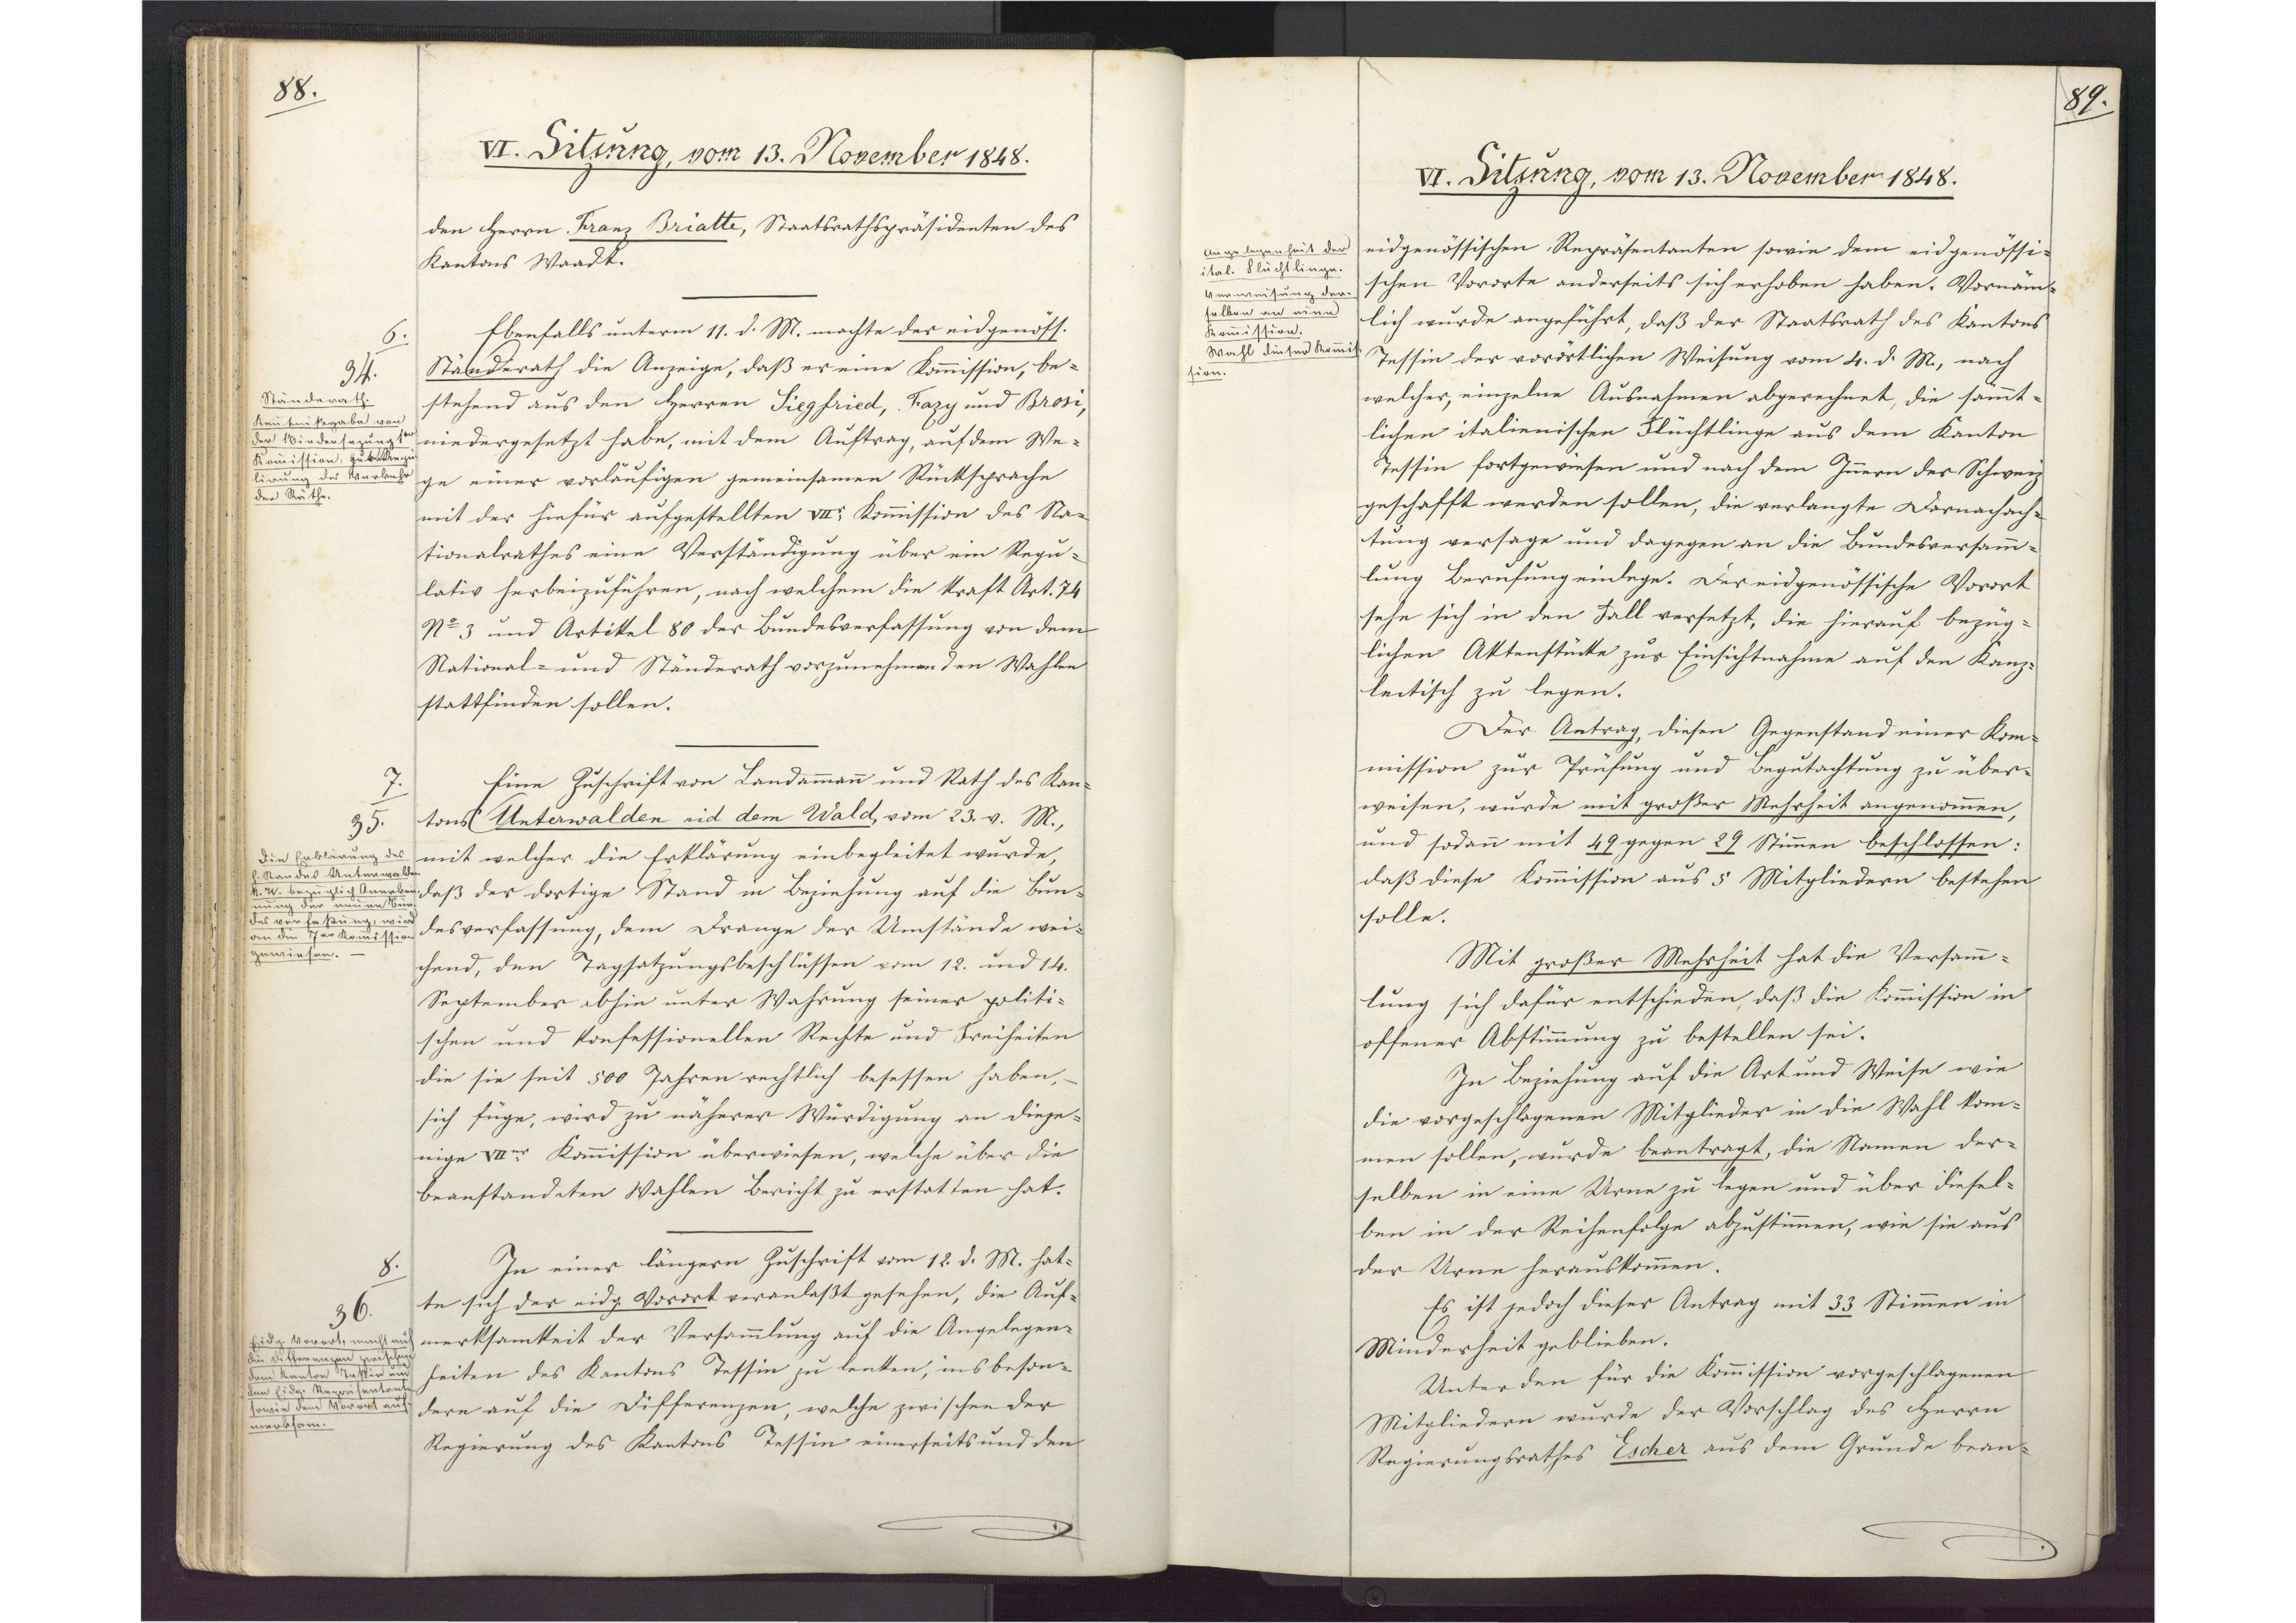
88.

VI. Sitzung, vom 13. November 1848.

den Herrn Franz Briatte, Staatsrathspräsidenten des
Kantons Waadt.
Ebenfalls unterm 11. d. M. machte der eidgenöss.
Ständerath die Anzeige, daß er eine Kommission, be¬
stehend aus den Herren Siegfried, Frazy und Brosi,
niedergesetzt habe, mit dem Auftrag, auf dem We¬
ge einer vorläufigen gemeinsamen Rücksprache
mit der hiefür aufgestellten VIIr Kommission des Na¬
tionalrathes eine Verständigung über ein Regu¬
lativ herbeizuführen, nach welchem die Kraft Art. 74
No 3 und Artikel 80 der Bundesverfassung von dem
National- und Ständerath vorzunehmenden Wahlen
stattfinden sollen.
Eine Zuschrift von Landammann und Rath des Kan¬
tons Unterwalden nid dem Wald, vom 23. v. M.,
mit welcher die Erklärung einbegleitet wurde,
daß der dortige Stand in Beziehung auf die Bun¬
desverfassung, dem Drange der Umstände wei¬
chend, den Tagsatzungsbeschlüssen vom 12. und 14.
September abhin unter Wahrung seiner politi¬
schen und konfessionellen Rechte und Freiheiten
die sie seit 500 Jahren rechtlich besessen haben,
sich füge, wird zu näherer Würdigung an dieje¬
nige VIIer Kommission überwiesen, welche über die
beanstandeten Wahlen Bericht zu erstatten hat.
In einer längern Zuschrift vom 12. d. M. hat¬
te sich der eidg. Vorort veranlaßt gesehen, die Auf¬
merksamkeit der Versammlung auf die Angelegen¬
heiten des Kantons Tessin zu lenken, insbeson¬
dere auf die Differenzen, welche zwischen der
Regierung des Kantons Tessin einerseits und den

6.
34.
Ständerath.
Kenntnißgabe von
der Niedersezung der
Kommission, zur Regu¬
lirung des Verkehr
der Räthe.

7.
35.
Die Erklärung des
H. Standes Unterwalden
N. W. bezüglich Anerken¬
nung der neuen Bun¬
desverfaßung, wird
an die 7er Kommission
gewiesen.

8.
36
Eidg. Vorort, macht auf
die Differenzen zwischen
dem Kanton Tessin und
dem Eidg. Repräsentanten
sowie dem Vorort auf¬
merksam.

89.

VI. Sitzung, vom 13. November 1848.

eidgenössischen Repräsentanten sowie dem eidgenössi¬
schen Vororte anderseits sich erhoben haben. Vornäm¬
lich wurde angeführt, daß der Staatsrath des Kantons
Tessin der vorörtlichen Weisung vom 4. d. M., nach
welcher, einzelne Ausnahmen abgerechnet, die sämmt¬
lichen italienischen Flüchtlinge aus dem Kanton
Tessin fortgewiesen und nach dem Innern der Schweiz
geschafft werden sollen, die verlangte Darnachach¬
tung versage und dagegen an die Bundesversamm¬
lung Berufung einlege. Der eidgenössische Vorort
sehe sich in den Fall versetzt, die hierauf bezüg¬
lichen Aktenstücke zur Einsichtnahme auf den Kanz¬
leitisch zu legen.
Der Antrag, diesen Gegenstand einer Kom¬
mission zur Prüfung und Begutachtung zu über¬
weisen, wurde mit großer Mehrheit angenommen,
und sodann mit 49 gegen 29 Stimmen beschlossen:
daß diese Kommission aus 5 Mitgliedern bestehen
solle.
Mit großer Mehrheit hat die Versamm¬
lung sich dafür entschieden, daß die Kommission in
offener Abstimmung zu bestellen sei.
In Beziehung auf die Art und Weise wie
die vorgeschlagenen Mitglieder in die Wahl kom¬
men sollen, wurde beantragt, die Namen der¬
selben in eine Urne zu legen und über diesel¬
ben in der Reihenfolge abzustimmen, wie sie aus
der Urne herauskommen.
Es ist jedoch dieser Antrag mit 33 Stimmen in
Minderheit geblieben.
Unter den für die Kommission vorgeschlagenen
Mitgliedern wurde der Vorschlag des Herrn
Regierungsrathes Escher aus dem Grunde bean¬

Angelegenheit der
ital. Flüchtlinge.
Verweisung der¬
selben an eine
Kommission.
Wahl dieser Kommis¬
sion.